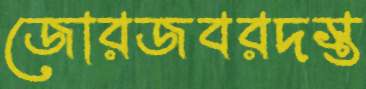
জোরজবরদস্ত